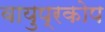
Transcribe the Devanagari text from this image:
वायुप्रकोप